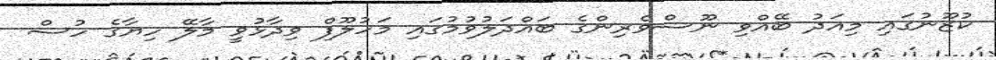
ކުޒޫނުގައި މިއަދު ބޭއްވި ނޫސްވެރިންގެ ބައްދަލުވުމުގައި މަހުލޫފް ވިދާޅުވީ މާލޭ ހިޔާގެ ހުސް